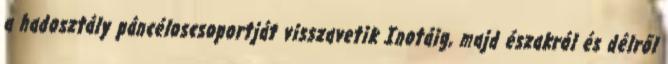
a hadosztály páncéloscsoportját visszavetik Inotáig, majd északról és délről